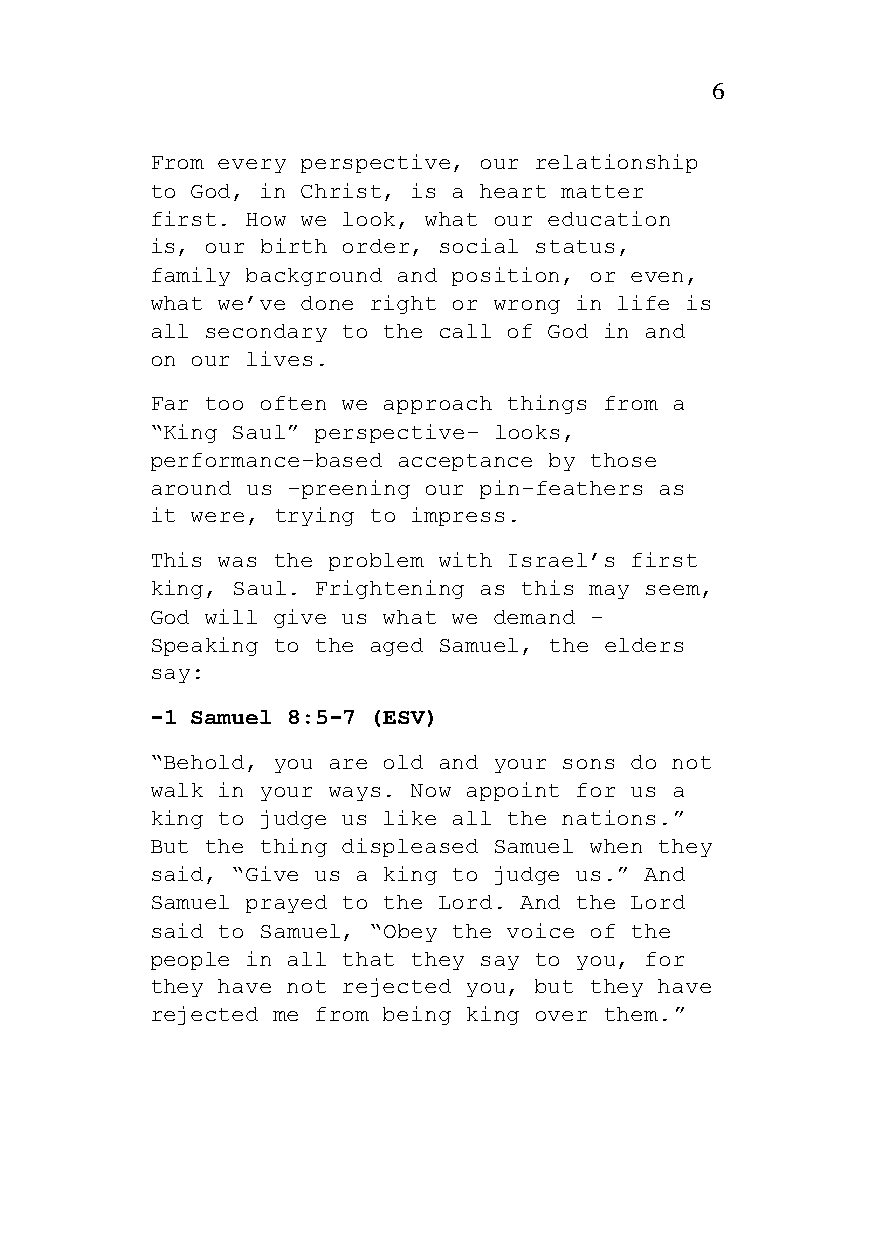
6
 From every perspective, our relationship
 to God, in Christ, is a heart matter
 first. How we look, what our education
 is, our birth order, social status,
 family background and position, or even,
 what we’ve done right or wrong in life is
 all secondary to the call of God in and
 on our lives.
 Far too often we approach things from a
 “King Saul” perspective- looks,
 performance-based acceptance by those
 around us -preening our pin-feathers as
 it were, trying to impress.
 This was the problem with Israel’s first
 king, Saul. Frightening as this may seem,
 God will give us what we demand –
 Speaking to the aged Samuel, the elders
 say:
 -1 Samuel 8:5-7 (ESV)
 “Behold, you are old and your sons do not
 walk in your ways. Now appoint for us a
 king to judge us like all the nations.”
 But the thing displeased Samuel when they
 said, “Give us a king to judge us.” And
 Samuel prayed to the Lord. And the Lord
 said to Samuel, “Obey the voice of the
 people in all that they say to you, for
 they have not rejected you, but they have
 rejected me from being king over them.”